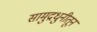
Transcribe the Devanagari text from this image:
सामुद्रधुनीतून